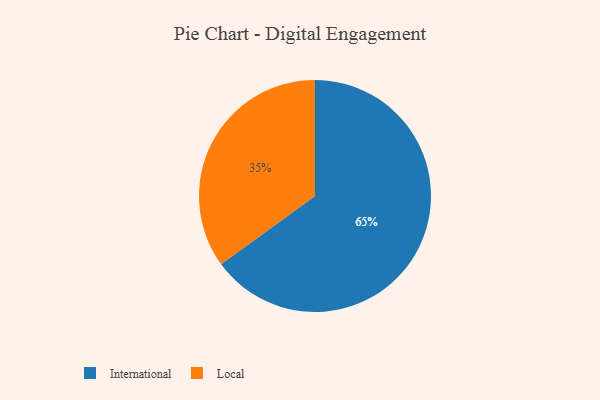
{"axis": {"x": "Category", "y": "Percentage"}, "legend": ["International", "Local"], "data": [{"x": "Local", "y": 35, "type": "Local"}, {"x": "International", "y": 65, "type": "International"}]}